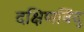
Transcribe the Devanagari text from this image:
दक्षिणबिंदु